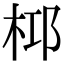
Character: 桏